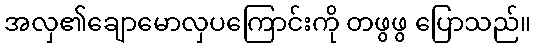
အလှ၏ချောမောလှပကြောင်းကို တဖွဖွ ပြောသည်။